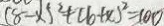
( 8 - x ) ^ { 2 } + ( b + x ) ^ { 2 } = 1 0 0